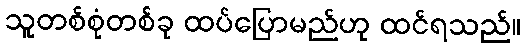
သူတစ်စုံတစ်ခု ထပ်ပြောမည်ဟု ထင်ရသည်။